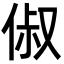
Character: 俶